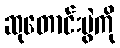
ဆုတောင်းပွဲကို